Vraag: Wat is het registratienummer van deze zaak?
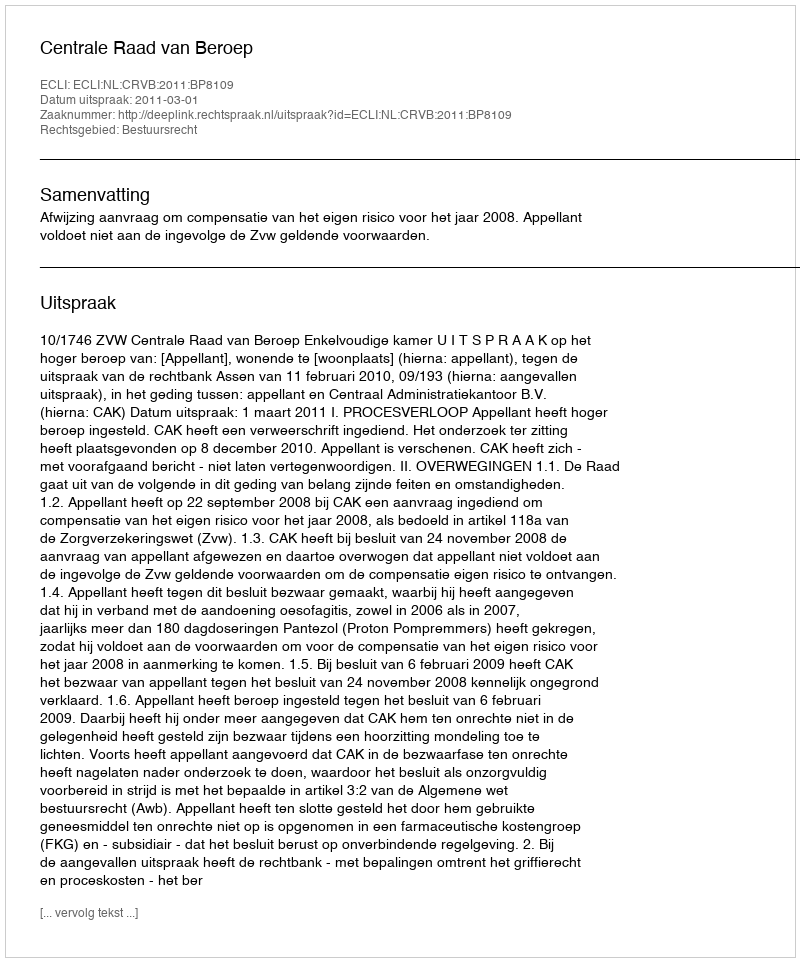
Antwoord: http://deeplink.rechtspraak.nl/uitspraak?id=ECLI:NL:CRVB:2011:BP8109